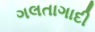
ગલતાગાદી